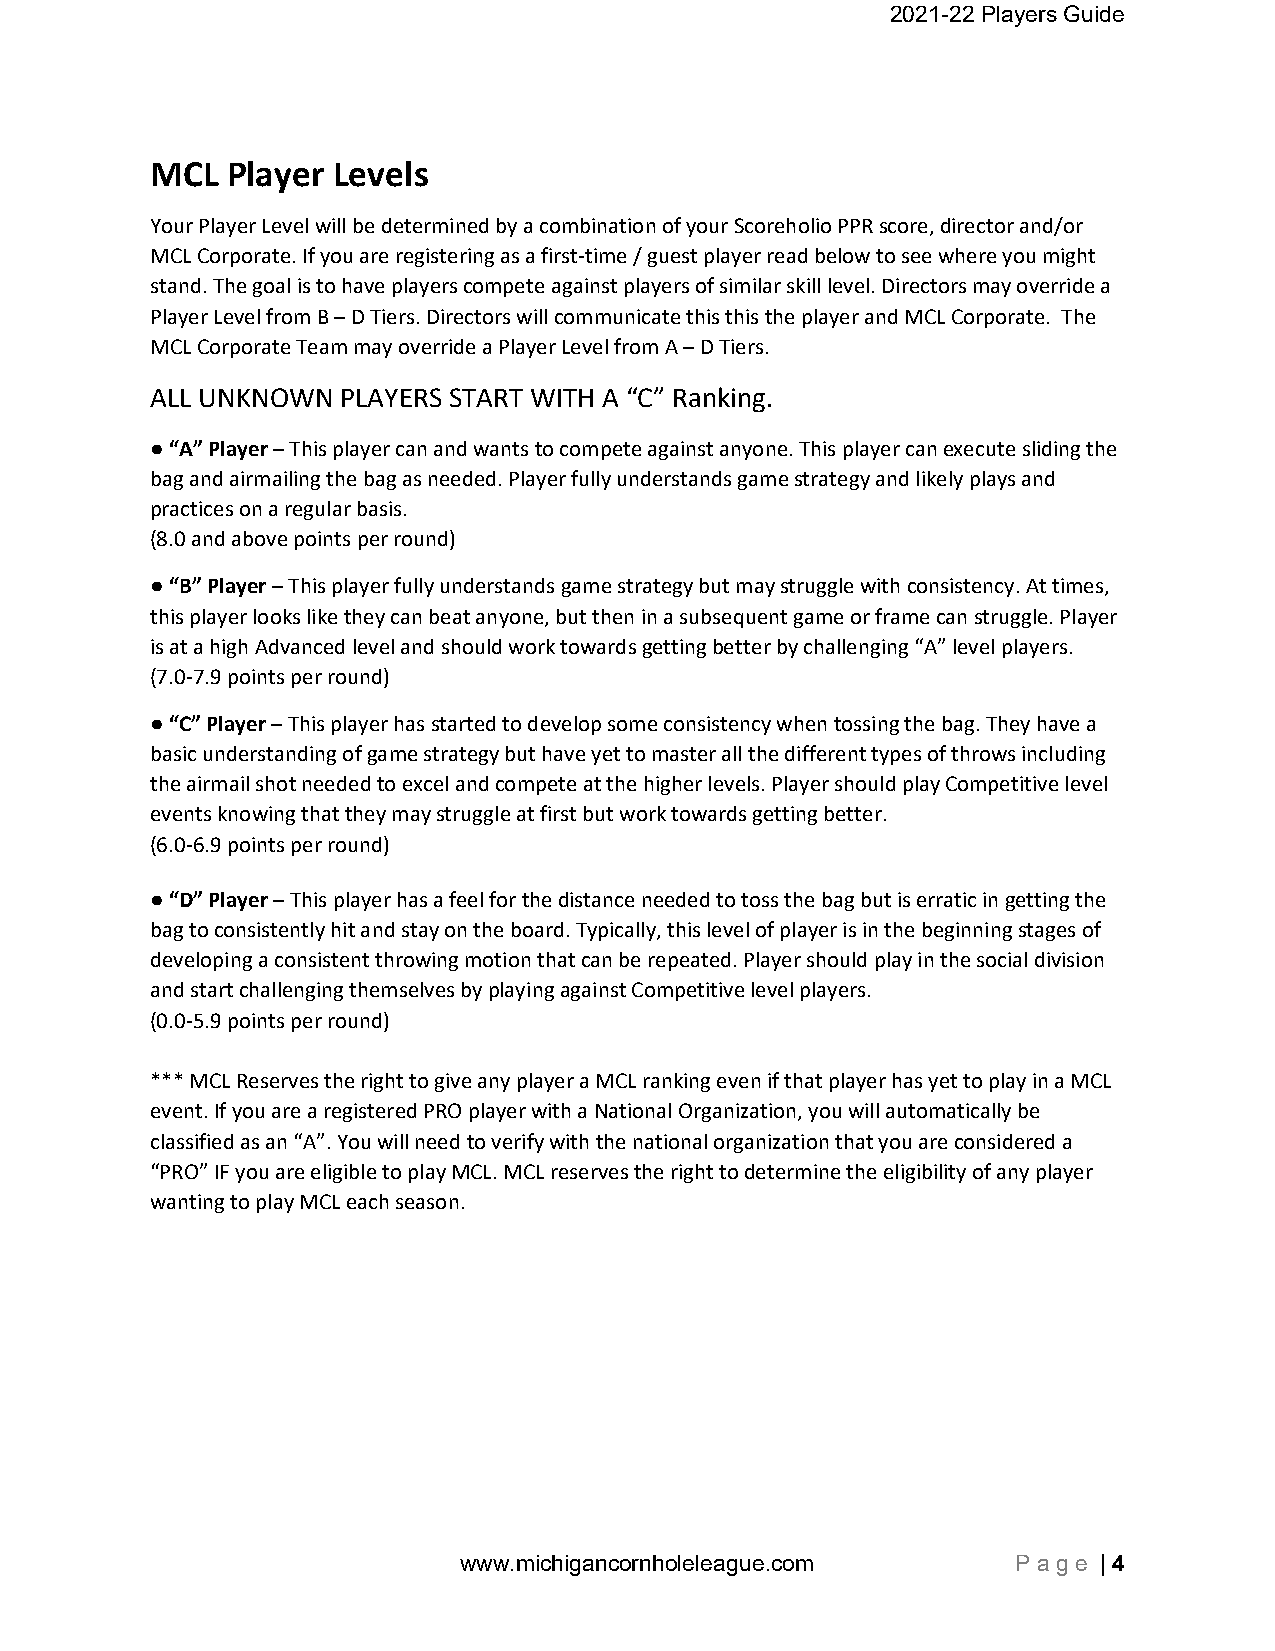
2021-22 Players Guide
 MCL  Player Levels
 Your Player Level will be determined by a combination of your Scoreholio PPR score, director and/or
 MCL Corporate. If you are registering as a first‐time / guest player read below to see where you might
 stand. The goal is to have players compete against players of similar skill level. Directors may override a
 Player Level from B – D Tiers. Directors will communicate this this the player and MCL Corporate. The
 MCL Corporate Team may override a Player Level from A – D Tiers.
 ALL UNKNOWN  PLAYERS START WITH A “C” Ranking.
 ● “A” Player – This player can and wants to compete against anyone. This player can execute sliding the
 bag and airmailing the bag as needed. Player fully understands game strategy and likely plays and
 practices on a regular basis.
 (8.0 and above points per round)
 ● “B” Player – This player fully understands game strategy but may struggle with consistency. At times,
 this player looks like they can beat anyone, but then in a subsequent game or frame can struggle. Player
 is at a high Advanced level and should work towards getting better by challenging “A” level players.
 (7.0‐7.9 points per round)
 ● “C” Player – This player has started to develop some consistency when tossing the bag. They have a
 basic understanding of game strategy but have yet to master all the different types of throws including
 the airmail shot needed to excel and compete at the higher levels. Player should play Competitive level
 events knowing that they may struggle at first but work towards getting better.
 (6.0‐6.9 points per round)
 ● “D” Player – This player has a feel for the distance needed to toss the bag but is erratic in getting the
 bag to consistently hit and stay on the board. Typically, this level of player is in the beginning stages of
 developing a consistent throwing motion that can be repeated. Player should play in the social division
 and start challenging themselves by playing against Competitive level players.
 (0.0‐5.9 points per round)
 *** MCL Reserves the right to give any player a MCL ranking even if that player has yet to play in a MCL
 event. If you are a registered PRO player with a National Organization, you will automatically be
 classified as an “A”. You will need to verify with the national organization that you are considered a
 “PRO” IF you are eligible to play MCL. MCL reserves the right to determine the eligibility of any player
 wanting to play MCL each season.
 www.michigancornholeleague.com       P a g e | 4